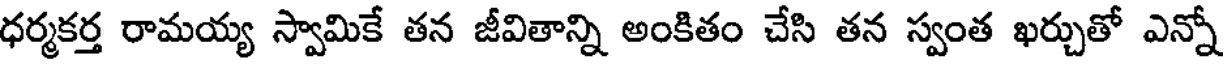
ధర్మకర్త రామయ్య స్వామికే తన జీవితాన్ని అంకితం చేసి తన స్వంత ఖర్చుతో ఎన్నో